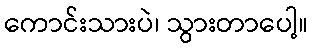
ကောင်းသားပဲ၊ သွားတာပေါ့။